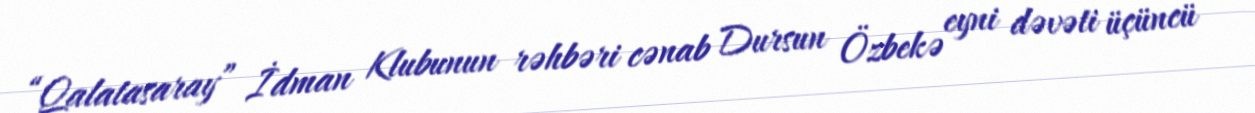
“Qalatasaray” İdman Klubunun rəhbəri cənab Dursun Özbekə eyni dəvəti üçüncü